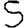
Digit: 5